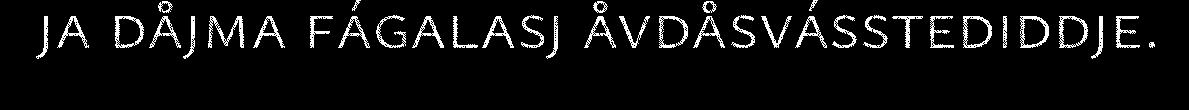
ja dåjma fágalasj åvdåsvásstediddje.